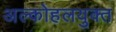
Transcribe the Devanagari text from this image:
अल्कोहलयुक्त